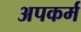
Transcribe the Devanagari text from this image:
अपकर्म